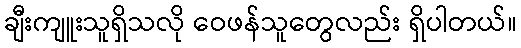
ချီးကျူးသူရှိသလို ဝေဖန်သူတွေလည်း ရှိပါတယ်။